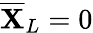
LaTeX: \overline{{\mathbf{X}}}_{L}=0